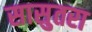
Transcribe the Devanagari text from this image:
सासुतरा